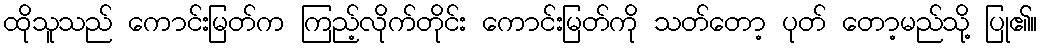
ထိုသူသည် ကောင်းမြတ်က ကြည့်လိုက်တိုင်း ကောင်းမြတ်ကို သတ်တော့ ပုတ် တော့မည်သို့ ပြု၏။